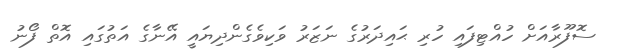
ސޮފޫރާއަށް ހުއްޓިފައި ހުރި ޙައިދަރުގެ ނަޒަރު ވަކިވެގެންދިޔައީ އޭނާގެ އަތުގައި އޮތް ފޯނު